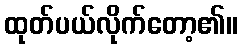
ထုတ်ပယ်လိုက်တော့၏။